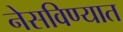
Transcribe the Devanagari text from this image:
नेसविण्यात